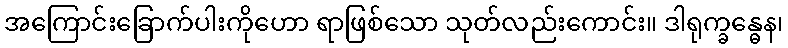
အကြောင်းခြောက်ပါးကိုဟော ရာဖြစ်သော သုတ်လည်းကောင်း။ ဒါရုက္ခန္ဓေန၊